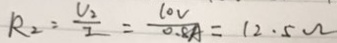
R _ { 2 } = \frac { U _ { 2 } } { I } = \frac { 1 0 V } { 0 . 8 A } = 1 2 . 5 \Omega